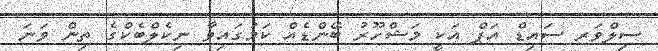
ސިލްވަރ ސައިޑް އަޕް އަކީ މަޝްހޫރު ބޭންޑެއް ކަމުގައިވާ ނިކެލްބެކްގެ ތިން ވަނަ